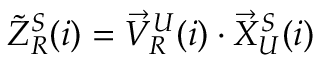
\begin{array} { r } { \tilde { Z } _ { R } ^ { S } ( i ) = \vec { V } _ { R } ^ { U } ( i ) \cdot \vec { X } _ { U } ^ { S } ( i ) } \end{array}